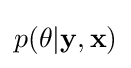
p(\theta |{\bf {y}},{\bf {x}})